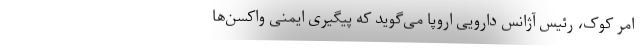
امر کوک، رئیس آژانس دارویی اروپا می‌گوید که پیگیری ایمنی واکسن‌ها